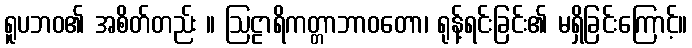
ရူပဘဝ၏ အစိတ်တည်း ။ ဩဠာရိကတ္တာဘာဝတော၊ ရုန့်ရင်းခြင်း၏ မရှိခြင်းကြောင့်။